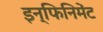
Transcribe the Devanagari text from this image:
इन्फिनिमेंट